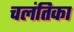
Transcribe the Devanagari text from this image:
चलंतिका